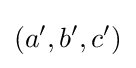
(a',b',c')